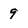
Character: 9